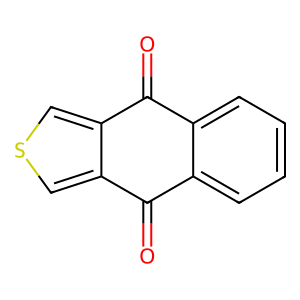
SMILES: O=C1c2ccccc2C(=O)c2cscc21
Inhibits HIV replication: No